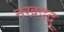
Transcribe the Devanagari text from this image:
नखदद्रु